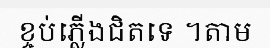
ខ្ចប់ភ្លើងជិតទេ ។តាម